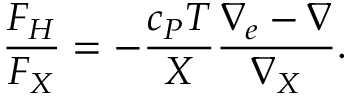
{ \frac { F _ { H } } { F _ { X } } } = - { \frac { c _ { P } T } { X } } { \frac { \nabla _ { e } - \nabla } { \nabla _ { X } } } .